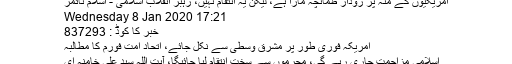
امریکیوں کے منہ پر زودار طمانچہ مارا ہے، لیکن یہ انتقام نہیں، رہبر انقلاب اسلامی - اسلام ٹائمز
Wednesday 8 Jan 2020 17:21
خبر کا کوڈ : 837293
امریکہ فوری طور پر مشرق وسطیٰ سے نکل جائے، اتحاد امت فورم کا مطالبہ
اسلامی مزاحمت جاری رہے گی، مجرموں سے سخت انتقام لیا جائیگا، آیت اللہ سید علی خامنہ ای